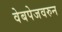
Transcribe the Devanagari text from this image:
वेबपेजवरुन